画像に写った文字を読んでください
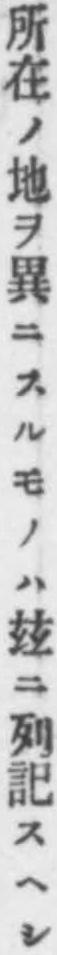
「所在ノ地ヲ異ニスルモノハ玆ニ列記スヘシ」と書いてあります